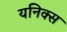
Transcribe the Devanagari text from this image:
यनिक्स